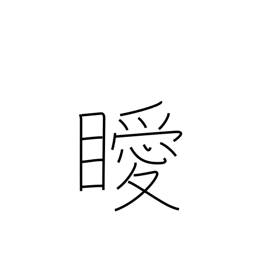
Meaning: unclear